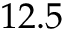
1 2 . 5